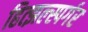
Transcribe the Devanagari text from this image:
हित्झल्स्पर्गर